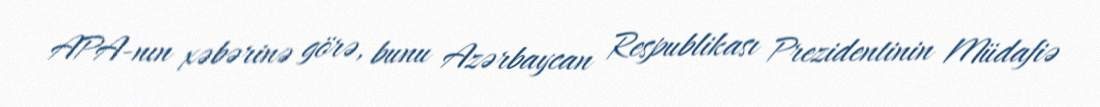
APA-nın xəbərinə görə, bunu Azərbaycan Respublikası Prezidentinin Müdafiə